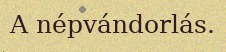
A népvándorlás.